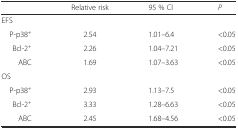
<table><thead><tr><td></td><td><b>Relative risk</b></td><td><b>95 % Cl</b></td><td><b><i>P</i></b></td></tr></thead><tbody><tr><td>EFS</td><td></td><td></td><td></td></tr><tr><td> P-p38<sup>+</sup></td><td>2.54</td><td>1.01–6.4</td><td>&lt;0.05</td></tr><tr><td> Bcl-2<sup>+</sup></td><td>2.26</td><td>1.04–7.21</td><td>&lt;0.05</td></tr><tr><td> ABC</td><td>1.69</td><td>1.07–3.63</td><td>&lt;0.05</td></tr><tr><td>OS</td><td></td><td></td><td></td></tr><tr><td> P-p38<sup>+</sup></td><td>2.93</td><td>1.13–7.5</td><td>&lt;0.05</td></tr><tr><td> Bcl-2<sup>+</sup></td><td>3.33</td><td>1.28–6.63</td><td>&lt;0.05</td></tr><tr><td> ABC</td><td>2.45</td><td>1.68–4.56</td><td>&lt;0.05</td></tr></tbody></table>